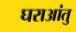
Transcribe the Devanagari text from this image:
घराआंतु